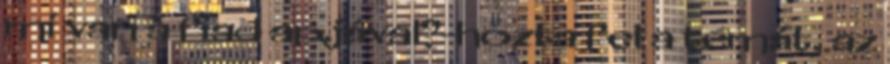
mi van a fiad apjával?-hozta fel a témát, az